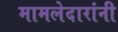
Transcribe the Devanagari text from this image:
मामलेदारांनी